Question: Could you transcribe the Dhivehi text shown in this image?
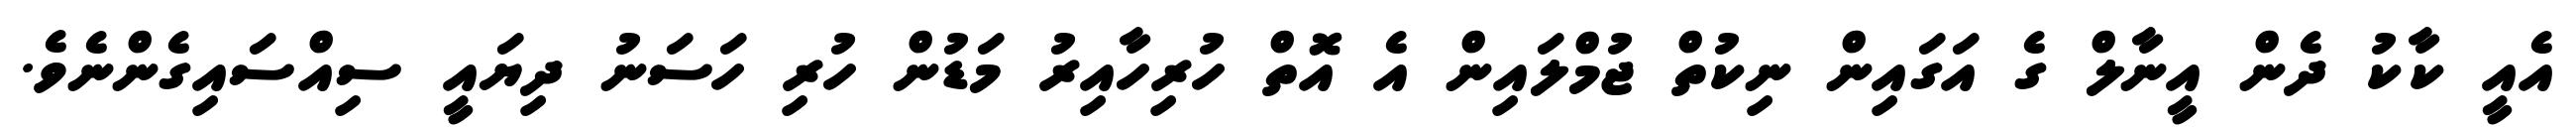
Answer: އެއީ ކާކު ދެން އީނާލް ގެ އަގައިން ނިކުތް ޖުމްލައިން އެ އޮތް ހުރިހާއިރު މަޑުން ހުރި ހަސަނު ދިޔައީ ސިއްސައިގެންނެވެ.